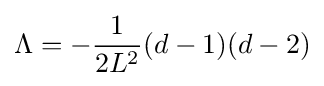
\Lambda =-{\frac {1}{2L^{2}}}(d-1)(d-2)